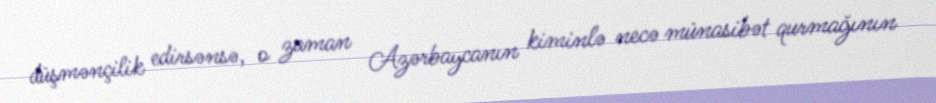
düşmənçilik edirsənsə, o zaman Azərbaycanın kiminlə necə münasibət qurmağının